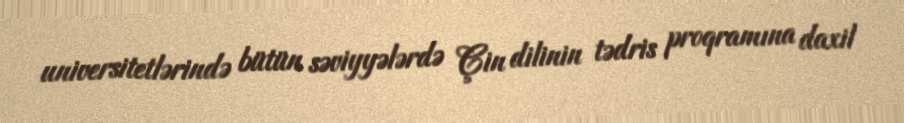
universitetlərində bütün səviyyələrdə Çin dilinin tədris proqramına daxil